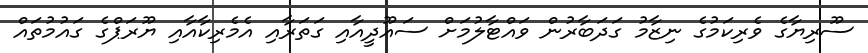
ސޫރިޔާގެ ވެރިކަމުގެ ނިޒާމު ގަދަބާރުން ވައްޓާލުމަށް ސައޫދީއާއި ގަތަރާއި އެމެރިކާއާއި ޔޫރަޕްގެ ގައުމުތައް